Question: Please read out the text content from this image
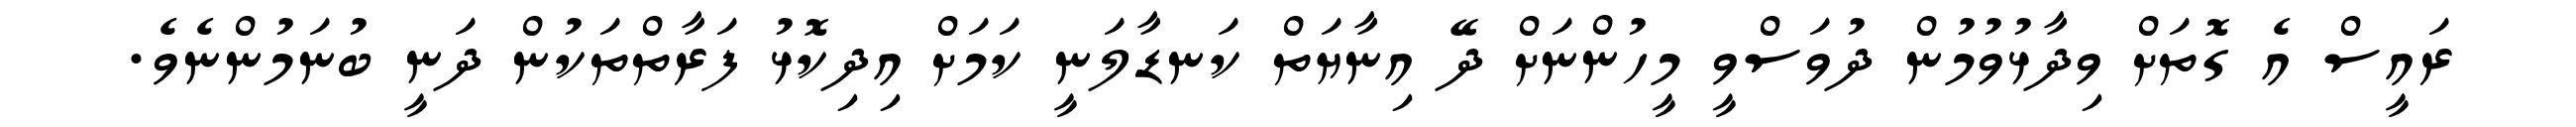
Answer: ރައީސް އެ ގޮތަށް ވިދާޅުވުމުން ދުވަސްވީ މީހުންނަށް ދޭ އިނާޔަތް ކަނޑާލަނީ ކަމަށް އިދިކޮޅު ފަރާތްތަކުން ދަނީ ބުނަމުންނެވެ.